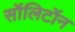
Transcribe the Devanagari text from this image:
सॉलिटॉन